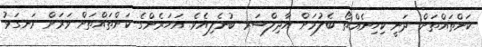
ކަންތައްތަށް ދަނީ ކިހިނެއްތޯ ބެލުމަށް އާދިލްސަރ ބުނެލިއެވެ. އަހަރެންގެ ކަންތައްތަށް ވަރަށް ރަނގަޅު